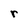
Character: r